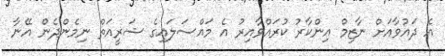
އެ ދައުވާއަށް ނާޒިމް އިންކާރު ކުރައްވާއިރު އެ މައްސަލައިގެ ޝަރީއަތް ނިމެންދެން އޭނާ